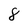
Character: 8